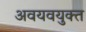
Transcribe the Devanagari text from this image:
अवयवयुक्त